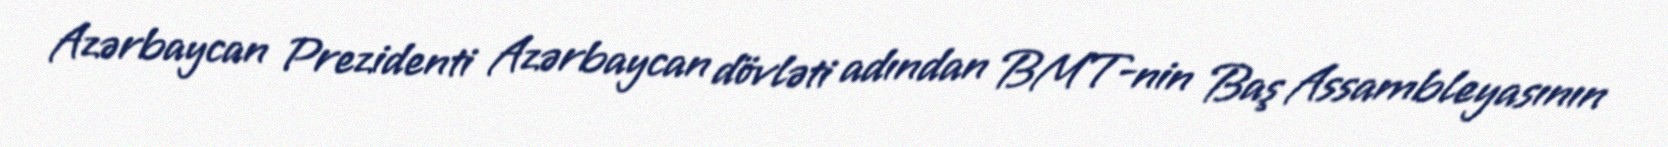
Azərbaycan Prezidenti Azərbaycan dövləti adından BMT-nin Baş Assambleyasının